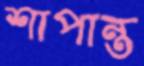
শাপান্ত